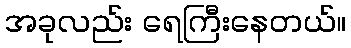
အခုလည်း ရေကြီးနေတယ်။